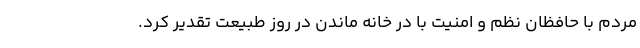
مردم با حافظان نظم و امنیت با در خانه ماندن در روز طبیعت تقدیر کرد.